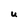
Character: U